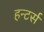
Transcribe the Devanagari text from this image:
हन्टर्स